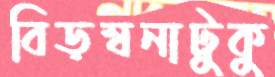
বিড়ম্বনাটুকু